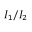
I _ { 1 } / I _ { 2 }